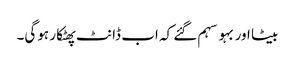
بیٹا اور بہو سہم گئے کہ اب ڈانٹ پھٹکار ہوگی۔